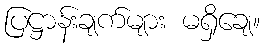
ပြဋ္ဌာန်းချက်များ မရှိချေ။